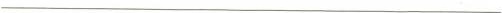
___